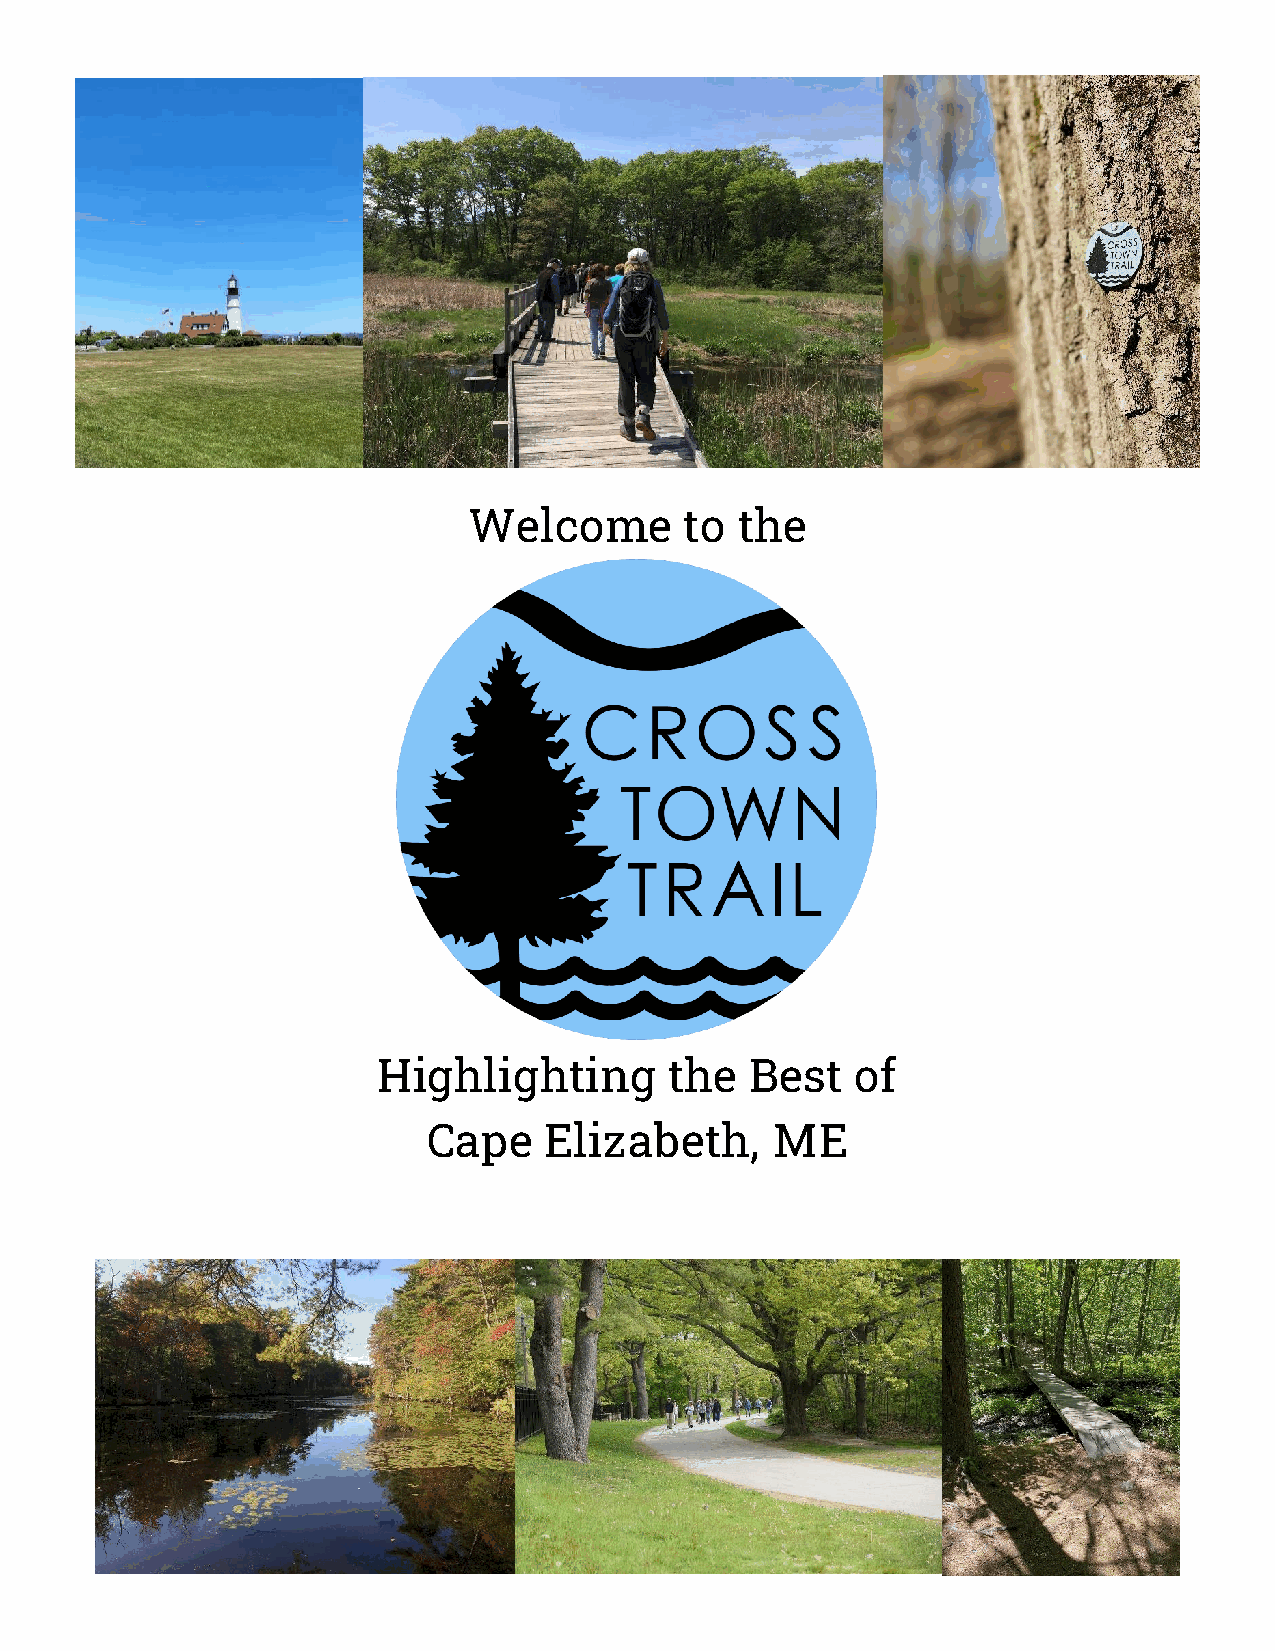
Welcome       to  the
 Highlighting       the   Best   of
 Cape    Elizabeth,     ME